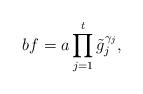
LaTeX: \begin{align*}bf=a\prod\limits_{j=1}^t\tilde g_j^{\gamma_j},\end{align*}